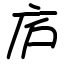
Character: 庐